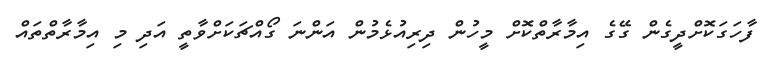
ފާހަގަކޮށްދީގެން ގޭގެ އިމާރާތްކޮށް މީހުން ދިރިއުޅެމުން އަންނަ ގޯއްޗަކަށްވާތީ އަދި މި އިމާރާތްތައް